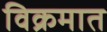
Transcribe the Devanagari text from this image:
विक्रमात